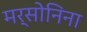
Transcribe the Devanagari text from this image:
मर्सोनिना